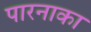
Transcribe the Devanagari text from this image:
पारनाका